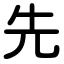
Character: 先